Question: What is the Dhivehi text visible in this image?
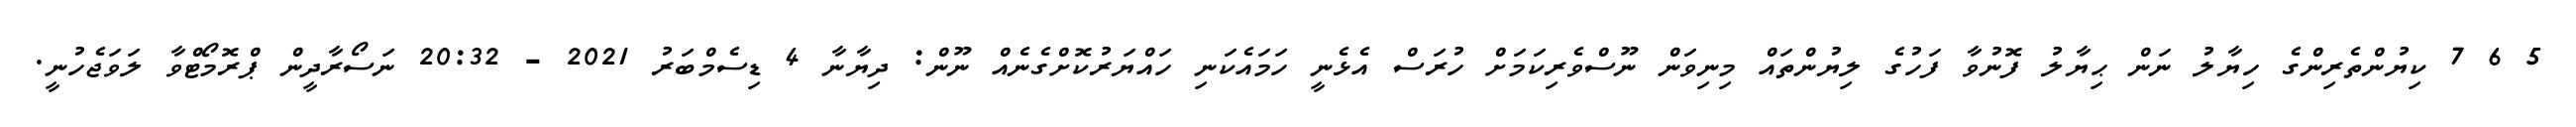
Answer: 5 6 7 ކިޔުންތެރިންގެ ހިޔާލު ނަން ޙިޔާލު ފޮނުވާ ފަހުގެ ލިޔުންތައް މިނިވަން ނޫސްވެރިކަމަށް ހުރަސް އެޅެނީ ހަމައެކަނި ހައްޔަރުކޮށްގެނެއް ނޫން: ދިޔާނާ 4 ޑިސެމްބަރު 2021 - 20:32 ނަސޯރާދީން ޕްރޮމޯޓްވާ ލަވަޖެހުނީ.